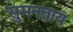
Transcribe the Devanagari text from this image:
सुमनताय